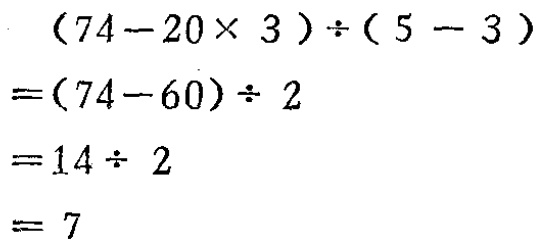
\[

\begin{align*}

&(74 - 20\times3)\div(5 - 3)\\

=&(74 - 60)\div2\\

=&14\div2\\

=&7

\end{align*}

\]